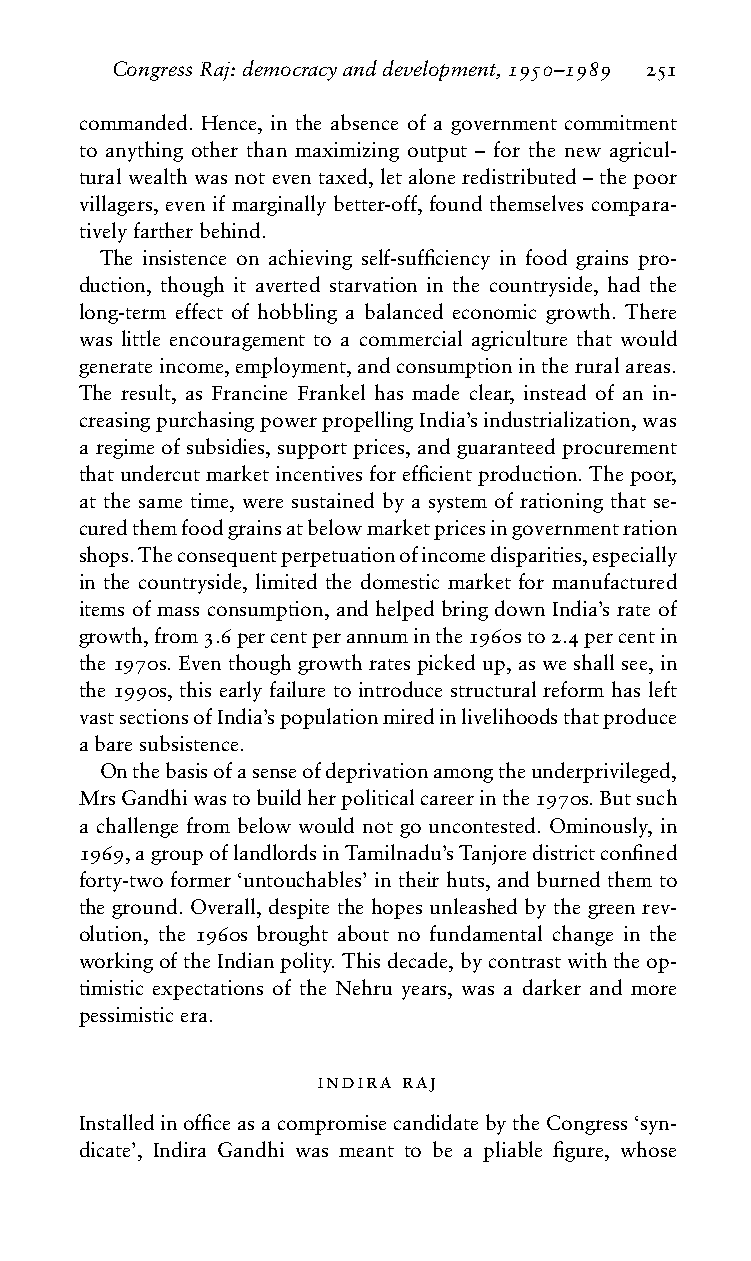
CongressRaj:democracyanddevelopment,1950–1989 251
 commanded. Hence, in the absence of a government commitment
 to anything other than maximizing output – for the new agricul-
 tural wealth was not even taxed, let alone redistributed – the poor
 villagers, even if marginally better-off, found themselves compara-
 tivelyfartherbehind.
 The insistence on achieving self-sufficiency in food grains pro-
 duction, though it averted starvation in the countryside, had the
 long-term effect of hobbling a balanced economic growth. There
 was little encouragement to a commercial agriculture that would
 generateincome,employment,andconsumptionintheruralareas.
 The result, as Francine Frankel has made clear, instead of an in-
 creasingpurchasingpowerpropellingIndia’sindustrialization,was
 aregime ofsubsidies,supportprices, andguaranteedprocurement
 thatundercutmarketincentivesforefficientproduction.Thepoor,
 at the same time, were sustained by a system of rationing that se-
 curedthemfoodgrainsatbelowmarketpricesingovernmentration
 shops.Theconsequentperpetuationofincomedisparities,especially
 in the countryside, limited the domestic market for manufactured
 items of mass consumption, and helped bring down India’s rate of
 growth,from3.6percentperannuminthe1960sto2.4percentin
 the1970s.Eventhoughgrowthratespickedup,asweshallsee,in
 the 1990s, this early failure to introduce structural reform has left
 vastsectionsofIndia’spopulationmiredinlivelihoodsthatproduce
 abaresubsistence.
 Onthebasisofasenseofdeprivationamongtheunderprivileged,
 MrsGandhiwastobuildherpoliticalcareerinthe1970s.Butsuch
 a challenge from below would not go uncontested. Ominously, in
 1969,agroupoflandlordsinTamilnadu’sTanjoredistrictconfined
 forty-two former ‘untouchables’ in their huts, and burned them to
 the ground. Overall, despite the hopes unleashed by the green rev-
 olution, the 1960s brought about no fundamental change in the
 workingoftheIndianpolity.Thisdecade,bycontrastwiththeop-
 timistic expectations of the Nehru years, was a darker and more
 pessimisticera.
 indira raj
 InstalledinofficeasacompromisecandidatebytheCongress‘syn-
 dicate’, Indira Gandhi was meant to be a pliable figure, whose